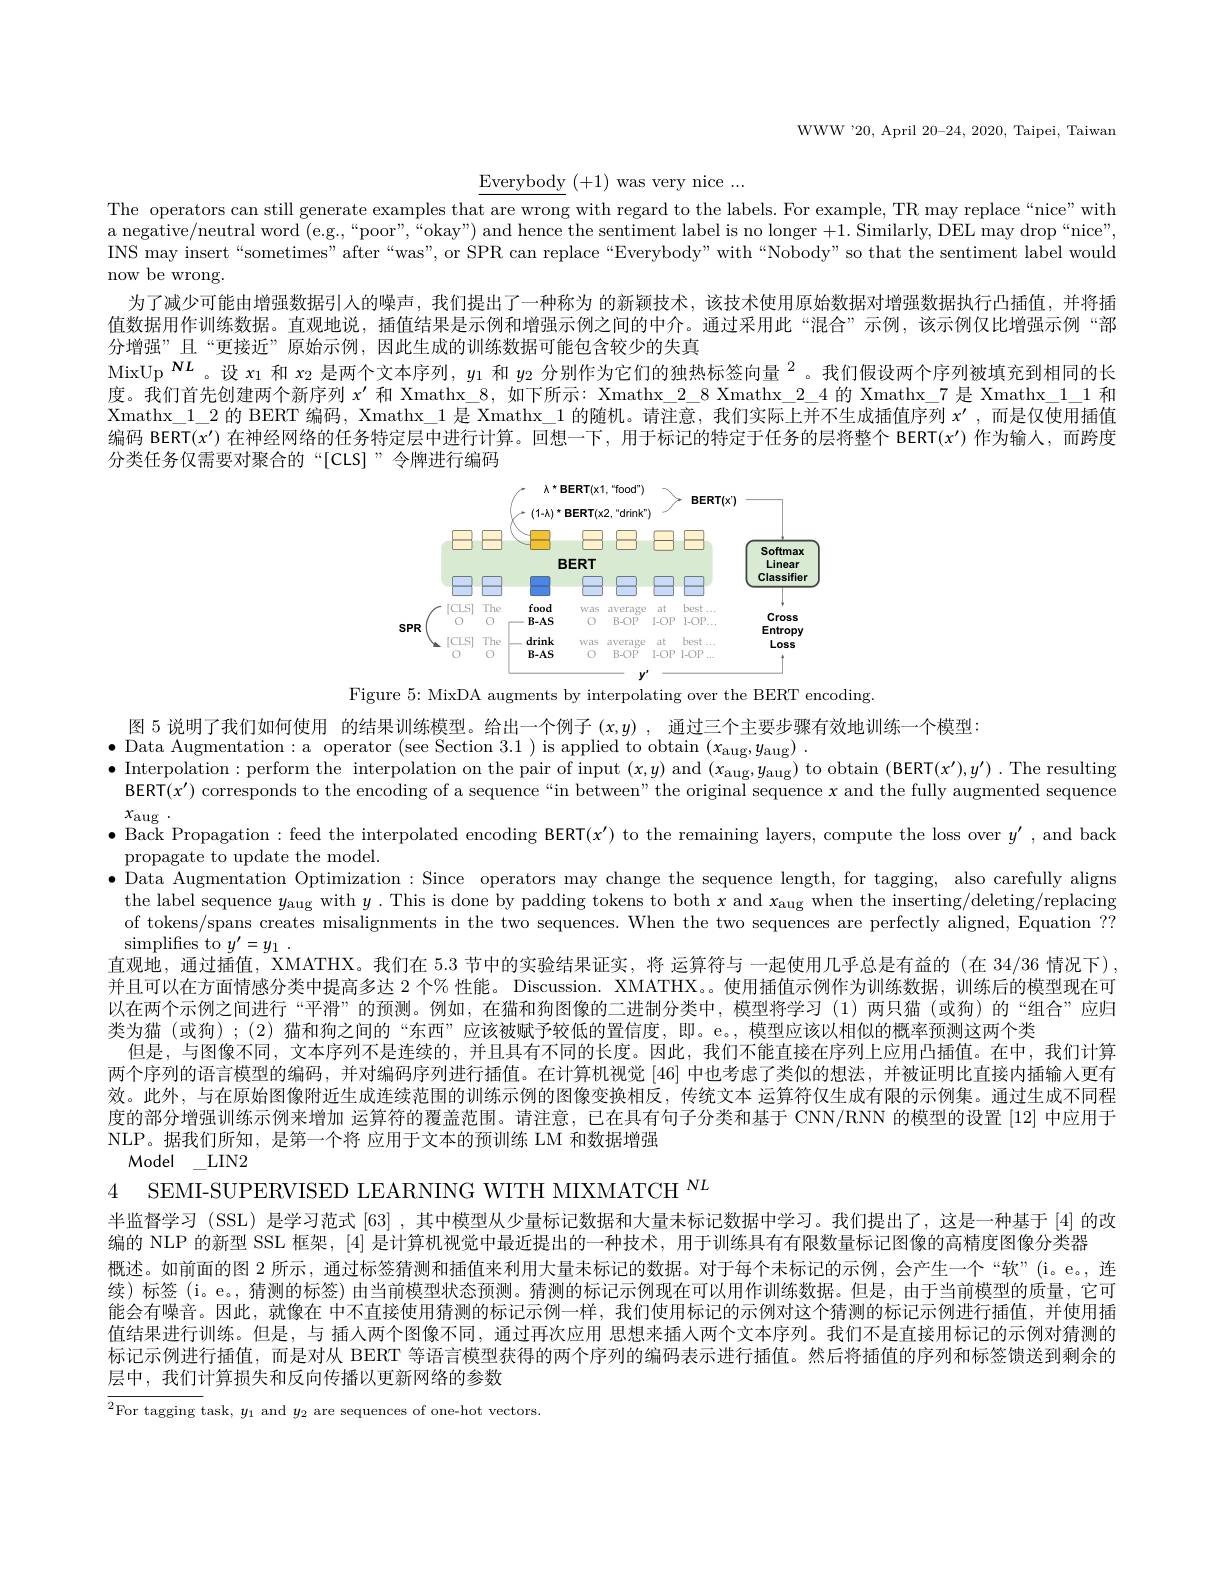
WWW'20, April 20-24, 2020, Taipei, Taiwan

Everybody ( + 1) was very nice . . .

The operators can still generate examples that are wrong with regard to the labels. For example, TR may replace “nice” with a negative/neutral word (e.g.,“poor”,“okay”) and hence the sentiment label is no longer +1. Similarly, DEL may drop“nice”, INS may insert“sometimes”after“was”, or SPR can replace“Everybody” with“Nobody”so that the sentiment label would now be wrong.
为了减少可能由增强数据引人的噪声，我们提出了一种称为 的新颖技术，该技术使用原始数据对增强数据执行凸插值，并将插值数据用作训练数据。直观地说，插值结果是示例和增强示例之间的中介。通过采用此“混合”示例，该示例仅比增强示例“部分增强”且“更接近”原始示例，因此生成的训练数据可能包含较少的失真
$\mathrm{MixUp}^{\boldsymbol{NL}}$。设$x_1$和$x_2$是两个文本序列$,y_1$和$y_2$分别作为它们的独热标签向量$^2$。我们假设两个序列被填充到相同的长度。我们首先创建两个新序列$x^{\prime}$和 Xmathx\_8,如下所示：Xmathx\_2\_8 Xmathx\_2\_4 的 Xmathx\_7 是 Xmathx\_1\_1 和Xmathx\_1\_2 的 BERT 编码，Xmathx\_1 是 Xmathx\_1 的随机。请注意，我们实际上并不生成插值序列 $x^\prime$,而是仅使用插值编码 BERT(x')在神经网络的任务特定层中进行计算。回想一下，用于标记的特定于任务的层将整个 BERT(x')作为输入，而跨度分类任务仅需要对聚合的“[CLS]”令牌进行编码

<FigureHere>
Figure 5: MixDA augments by interpolating over the BERT encoding

图 5 说明了我们如何使用 的结果训练模型。给出一个例子$(x,y)$ ,通过三个主要步骤有效地训练一个模型：
$\bullet$Data Augmentation:a operator (see Section 3.1) is applied to obtain $(x_{\mathrm{aug}},y_{\mathrm{aug}})$
$\bullet$Interpolation: perform the interpolation on the pair of input $( x, y)$ and $( x_{\mathrm{aug}}, y_{\mathrm{aug}})$ to obtain (BERT$( x^{\prime }) , y^{\prime }) .$ The resulting PEDT$( x^{\prime })$ awwand t th andiva f a con diva ti b th ari al an and th an th fullv urma an t d an t
BERT$(x^\prime)$ corresponds to the encoding of a sequence “in between” the original sequence $x$ and the fully augmented sequence
$x_{\mathrm{aug}}$
$\bullet$ Back Propagation: feed the interpolated encoding BERT$(x^\prime)$ to the remaining layers, compute the loss over $y^\prime$, and back
propagate to update the model.
$\bullet$ Data Augmentation Optimization : Since operators may change the sequence length, for tagging, also carefully aligns the label sequence $y_\mathrm{aug}$ with $y$ .This is done by padding tokens to both $x$ and $x_\mathrm{aug}$ when the inserting/deleting/replacing of tokens/spans creates misalignments in the two sequences. When the two sequences are perfectly aligned, Equation ?? $\operatorname { simplifies to} y^{\prime }= y_1$ .
直观地，通过插值，XMATHX。我们在5.3节中的实验结果证实，将 运算符与 一起使用几乎总是有益的 (在 34/36 情况下) 并且可以在方面情感分类中提高多达 2 个% 性能。Discussion. XMATHX。。使用插值示例作为训练数据，训练后的模型现在可以在两个示例之间进行“平滑”的预测。例如，在猫和狗图像的二进制分类中，模型将学习(1)两只猫 (或狗)的“组合”应归类为猫(或狗);(2)猫和狗之间的“东西”应该被赋予较低的置信度，即。e。,模型应该以相似的概率预测这两个类
但是，与图像不同，文本序列不是连续的，并且具有不同的长度。因此，我们不能直接在序列上应用凸插值。在中，我们计算两个序列的语言模型的编码，并对编码序列进行插值。在计算机视觉[46]中也考虑了类似的想法，并被证明比直接内插输入更有效。此外，与在原始图像附近生成连续范围的训练示例的图像变换相反，传统文本 运算符仅生成有限的示例集。通过生成不同程度的部分增强训练示例来增加 运算符的覆盖范围。请注意，已在具有句子分类和基于 CNN/RNN 的模型的设置 [12] 中应用于NLP。据我们所知，是第一个将 应用于文本的预训练 LM 和数据增强
Model $\_$LIN2
4 SEMI-SUPERVISED LEARNING WITH MIXMATCH $^{NL}$
半监督学习 (SSL) 是学习范式 [63] ,其中模型从少量标记数据和大量未标记数据中学习。我们提出了，这是一种基于 [4] 的改
编的 NLP 的新型 SSL 框架，[4] 是计算机视觉中最近提出的一种技术，用于训练具有有限数量标记图像的高精度图像分类器
概述。如前面的图 2 所示，通过标签猜测和插值来利用大量未标记的数据。对于每个未标记的示例，会产生一个“软”(i。e。连续)标签(i。e。,猜测的标签)由当前模型状态预测。猜测的标记示例现在可以用作训练数据。但是，由于当前模型的质量，它可能会有噪音。因此，就像在 中不直接使用猜测的标记示例一样，我们使用标记的示例对这个猜测的标记示例进行插值，并使用插值结果进行训练。但是，与 插人两个图像不同，通过再次应用 思想来插人两个文本序列。我们不是直接用标记的示例对猜测的标记示例进行插值，而是对从 BERT 等语言模型获得的两个序列的编码表示进行插值。然后将插值的序列和标签馈送到剩余的层中，我们计算损失和反向传播以更新网络的参数
$^{2}$For tagging task, $y_1$ and $y_2$ are sequences of one-hot vectors